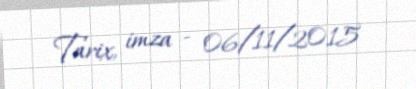
Tarix, imza - 06/11/2015